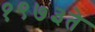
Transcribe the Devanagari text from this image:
१९७३ते